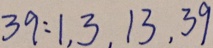
3 9 : 1 , 3 , 1 3 , 3 9